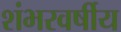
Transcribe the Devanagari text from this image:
शंभरवर्षीय